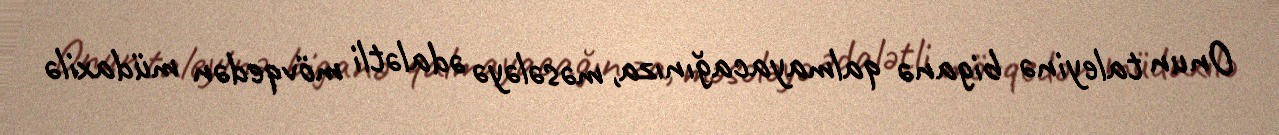
Onun taleyinə biganə qalmayacağınıza, məsələyə ədalətli mövqedən müdaxilə